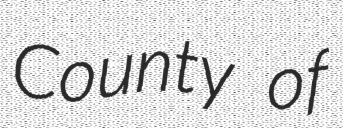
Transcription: County of